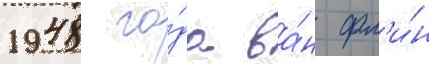
1948 го́да ва́н фл'и́н